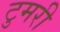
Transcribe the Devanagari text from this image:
टुमरी